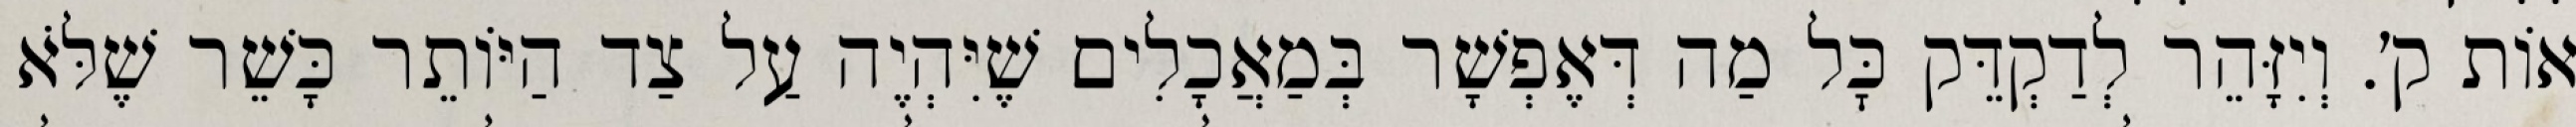
אוֹת ק׳. וְיִזָּהֵר לְדַקְדֵּק כׇּל מַה דְּאֶפְשָׁר בְּמַאֲכָלִים שֶׁיִּהְיֶה עַל צַד הַיּוֹתֵר כָּשֵׁר שֶׁלֹּא